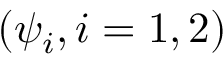
( \psi _ { i } , i = 1 , 2 )